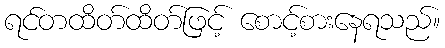
ရင်တထိတ်ထိတ်ဖြင့် စောင့်စားနေရသည်။